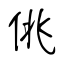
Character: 佻